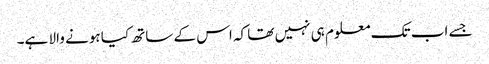
جسے اب تک معلوم ہی نہیں تھا کہ اس کے ساتھ کیا ہونے والا ہے۔